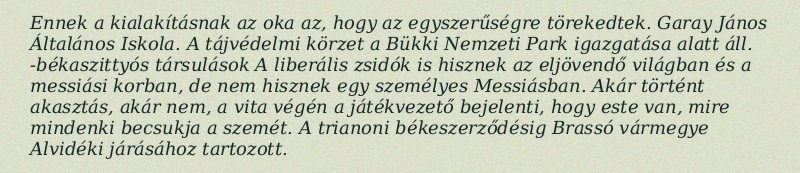
Ennek a kialakításnak az oka az, hogy az egyszerűségre törekedtek. Garay János Általános Iskola. A tájvédelmi körzet a Bükki Nemzeti Park igazgatása alatt áll. -békaszittyós társulások A liberális zsidók is hisznek az eljövendő világban és a messiási korban, de nem hisznek egy személyes Messiásban. Akár történt akasztás, akár nem, a vita végén a játékvezető bejelenti, hogy este van, mire mindenki becsukja a szemét. A trianoni békeszerződésig Brassó vármegye Alvidéki járásához tartozott.